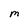
Character: M